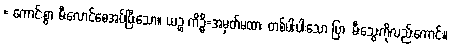
= ကောင်းစွာ မီးလောင်စေအပ်ပြီးသော။ ယဉ္စ ကိဉ္စိ=အမှတ်မထား တစ်ပါးပါးသော ပြာ, မီးသွေးကိုလည်းကောင်း။